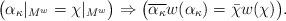
LaTeX: \begin{align*}\big(\alpha_{\kappa}|_{M^{w}}=\chi|_{M^{w}}\big)\Rightarrow\big(\overline{\alpha_{\kappa}}w(\alpha_{\kappa})=\bar{\chi}w(\chi)\big).\end{align*}